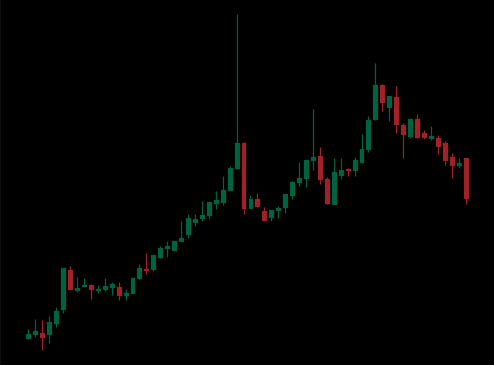
Pattern: bear_flag